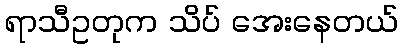
ရာသီဥတုက သိပ် အေးနေတယ်